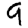
Digit: 9